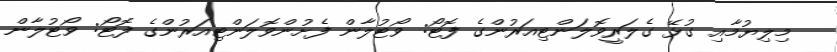
މިލިޔުމާއި ގުޅޭ ގެލަރީވޮލަންޓިއަރުންގެ ފޮޓޯ: ވޯޓުލާން ފެށުންވޮލަންޓިއަރުންގެ ފޮޓޯ: ވޯޓުލާން